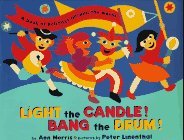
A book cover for Light the Candle! Bang the Drum!: A Book of Holidays from Around the World; Ann Morris; Children's Books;